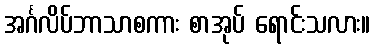
အင်္ဂလိပ်ဘာသာစကား စာအုပ် ရောင်းသလား။